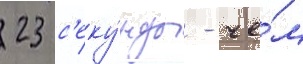
23 с'еку́нды - че́м